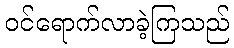
ဝင်ရောက်လာခဲ့ကြသည်